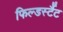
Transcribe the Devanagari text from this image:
फिल्डर्स्टैट